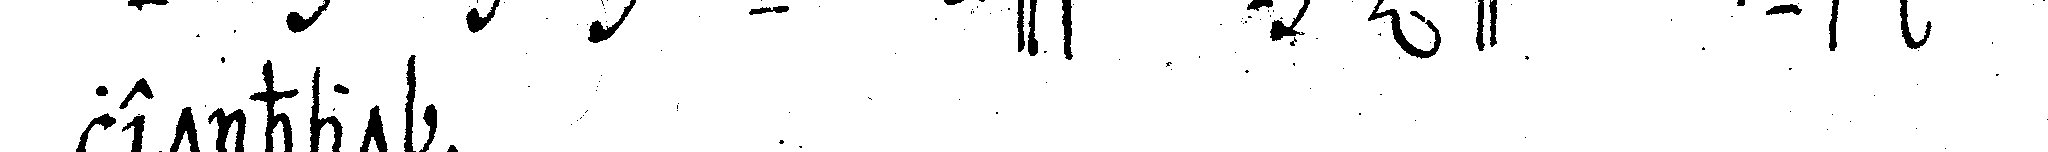
let hat .